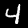
Label: 4